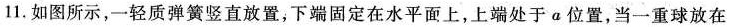
11.如图所示，一轻质弹簧竖直放置，下端固定在水平面上，上端处于a位置，当一重球放在